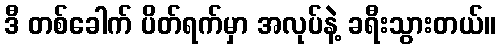
ဒီ တစ်ခေါက် ပိတ်ရက်မှာ အလုပ်နဲ့ ခရီးသွားတယ်။